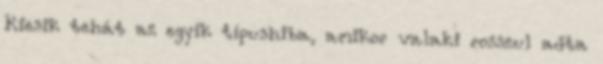
Kiesik tehát az egyik típushiba, amikor valaki rosszul adta